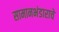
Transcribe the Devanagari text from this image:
सामानभंडाराचे